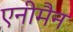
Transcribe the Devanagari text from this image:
एनीमैन